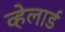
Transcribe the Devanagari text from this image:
व्हेलार्ड